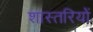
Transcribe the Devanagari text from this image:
शास्तरियों